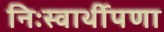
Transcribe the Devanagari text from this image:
निःस्वार्थीपणा